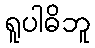
ရူပါဓိဘူ